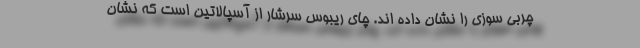
چربی سوزی را نشان داده اند. چای ریبوس سرشار از آسپالاتین است که نشان